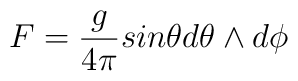
F=\frac{g}{4\pi} sin \theta d\theta \wedge d\phi